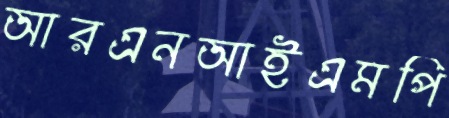
আরএনআইএমপি